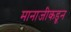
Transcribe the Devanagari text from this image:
मानाजीकडून